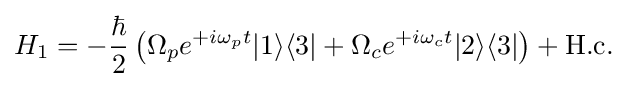
H_{1}=-{\frac {\hbar }{2}}\left(\Omega _{p}e^{+i\omega _{p}t}|1\rangle \langle 3|+\Omega _{c}e^{+i\omega _{c}t}|2\rangle \langle 3|\right)+{\mbox{H.c.}}